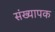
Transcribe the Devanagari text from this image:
संख्यापक